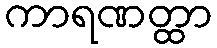
ကာရဏတ္ထာ